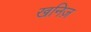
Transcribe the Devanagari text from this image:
खनिज़